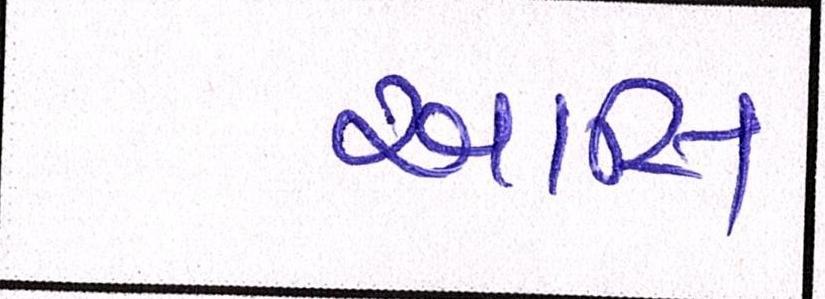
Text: આસિ